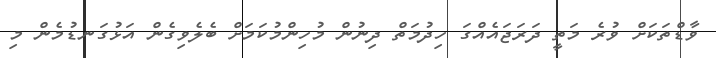
ވާޑްތަކަށް ވުރެ މަތީ ދަރަޖައެއްގަ ހިދުމަތް ދިނުން މުހިންމުކަމަށް ބެލެވިގެން އަޅުގަނޑުމެން މި